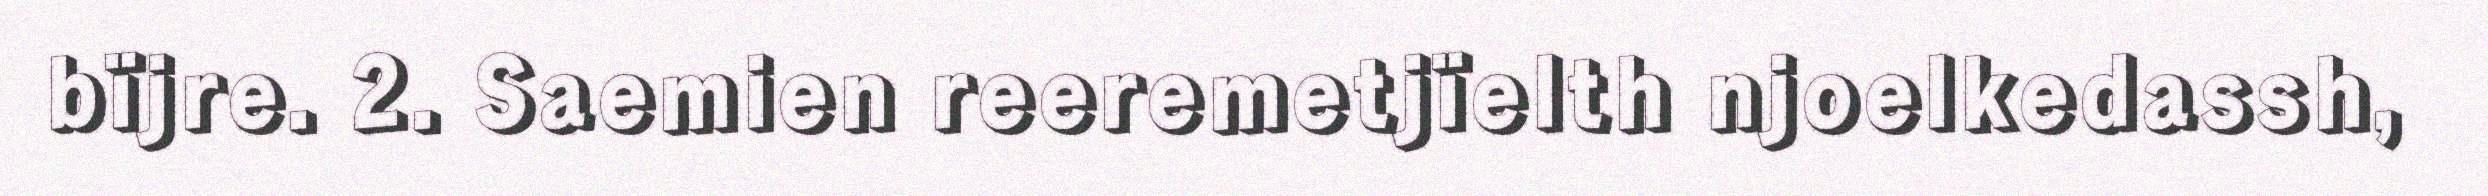
bïjre. 2. Saemien reeremetjïelth njoelkedassh,